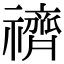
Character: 䄢